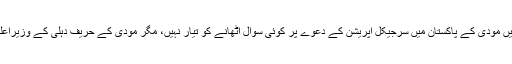
مودی سرکار کے ٹاؤٹ بھارتی میڈیا کے پیدا کردہ جنگی جنون کے نتیجے میں بھارت میں مودی کے پاکستان میں سرجیکل آپریشن کے دعوے پر کوئی سوال اٹھانے کو تیار نہیں، مگر مودی کے حریف دہلی کے وزیراعلیٰ اروند کیجریوال نے سرجیکل آپریشن کے دعوے پر اپنے ہی طریقے سے سوال اٹھا دیا۔